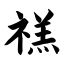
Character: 禚